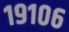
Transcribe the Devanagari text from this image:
१९१०६